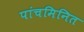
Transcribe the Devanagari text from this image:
पांचमिनित